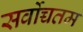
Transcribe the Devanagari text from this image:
सर्वोच्चतम